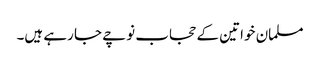
مسلمان خواتین کے حجاب نوچے جا رہے ہیں۔